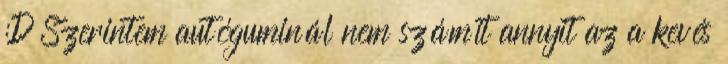
:D Szerintem autóguminál nem számít annyit az a kevés